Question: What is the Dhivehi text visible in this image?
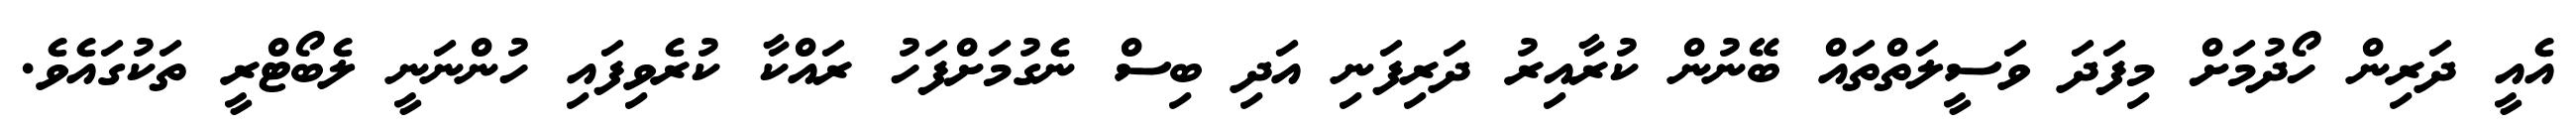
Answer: އެއީ ދަރިން ހޯދުމަށް މިފަދަ ވަސީލަތްތައް ބޭނުން ކުރާއިރު ދަރިފަނި އަދި ބިސް ނެގުމަށްފަހު ރައްކާ ކުރެވިފައި ހުންނަނީ ލެބޯޓްރީ ތަކުގައެވެ.